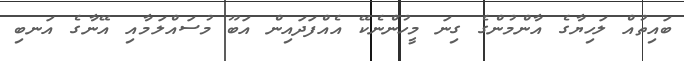
ބައިތުއް ލަހިޔާގެ އާންމުންގެ ގިނަ މީހުންނެކޭ އެއްފަދައިން އަބޫ މުސައްލަމާއި އޭނާގެ އަނބި